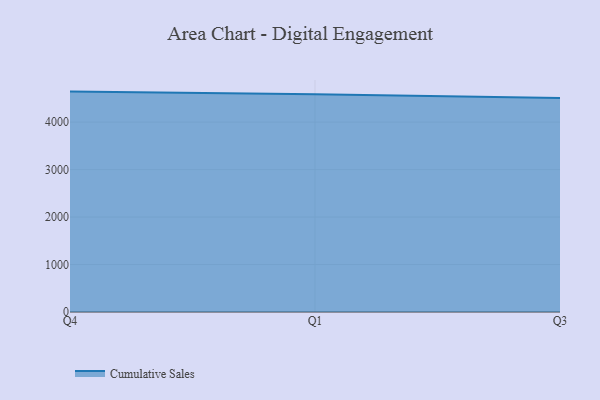
{"axis": {"x": "Quarter", "y": "Market Share (%)"}, "legend": ["Cumulative Sales"], "data": [{"x": "Q4", "y": 4643.1, "type": "Cumulative Sales"}, {"x": "Q1", "y": 4587.7, "type": "Cumulative Sales"}, {"x": "Q3", "y": 4506.1, "type": "Cumulative Sales"}]}